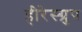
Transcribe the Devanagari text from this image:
हीरेस्ग्रुप